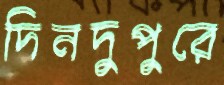
দিনদুপুরে